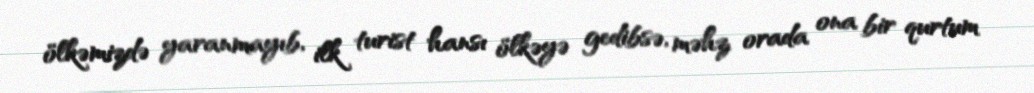
ölkəmizdə yaranmayıb, ilk turist hansı ölkəyə gedibsə, məhz orada ona bir qurtum